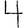
Digit: 4